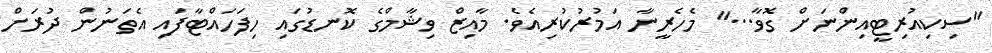
"ސިކިއުރިޓީއިންނަށް ގޮވާ..." މެހެރީނާ އަމުރުކުރިއެވެ. މާއިޒް ވިޝާމްގެ ކޮނޑުގައި ހިފަހައްޓާފައި އެތަނުން ދުރަށް